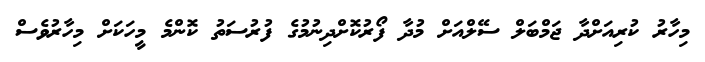
މިހާރު ކުރިއަށްދާ ޖަމްބަލް ސޭލްއަށް މުދާ ފޯރުކޮށްދިނުމުގެ ފުރުސަތު ކޮންމެ މީހަކަށް މިހާރުވެސް